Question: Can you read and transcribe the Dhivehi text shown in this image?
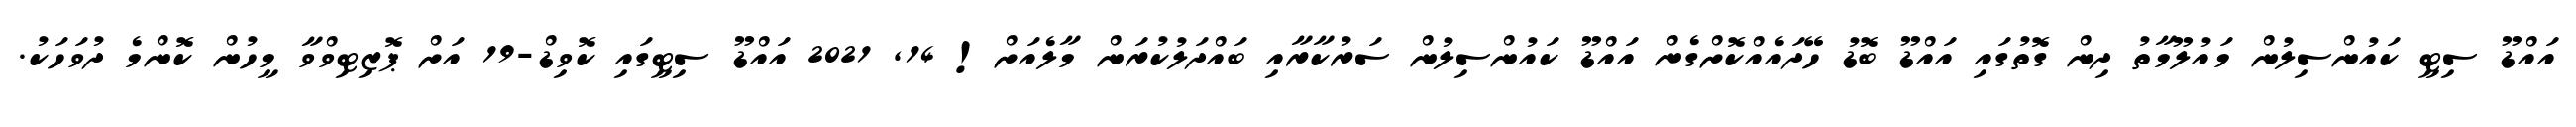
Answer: އައްޑޫ ސިޓީ ކައުންސިލުން މައުލޫމާތު ދިން ގޮތުގައި އައްޑޫ ބޮޑު ހޭދައެއްކޮށްގެން އައްޑޫ ކައުންސިލުން ސަރުކާރާއި ބައްދަލުކުރަން މާލެއަށް! 14, 2021 އައްޑޫ ސިޓީގައި ކޮވިޑް-19 އަށް ޕޮޒިޓިވްވާ މީހުން ކޮންމެ ދުވަހަކު.